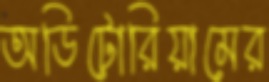
অডিটোরিয়ামের